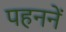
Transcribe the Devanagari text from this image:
पहननें